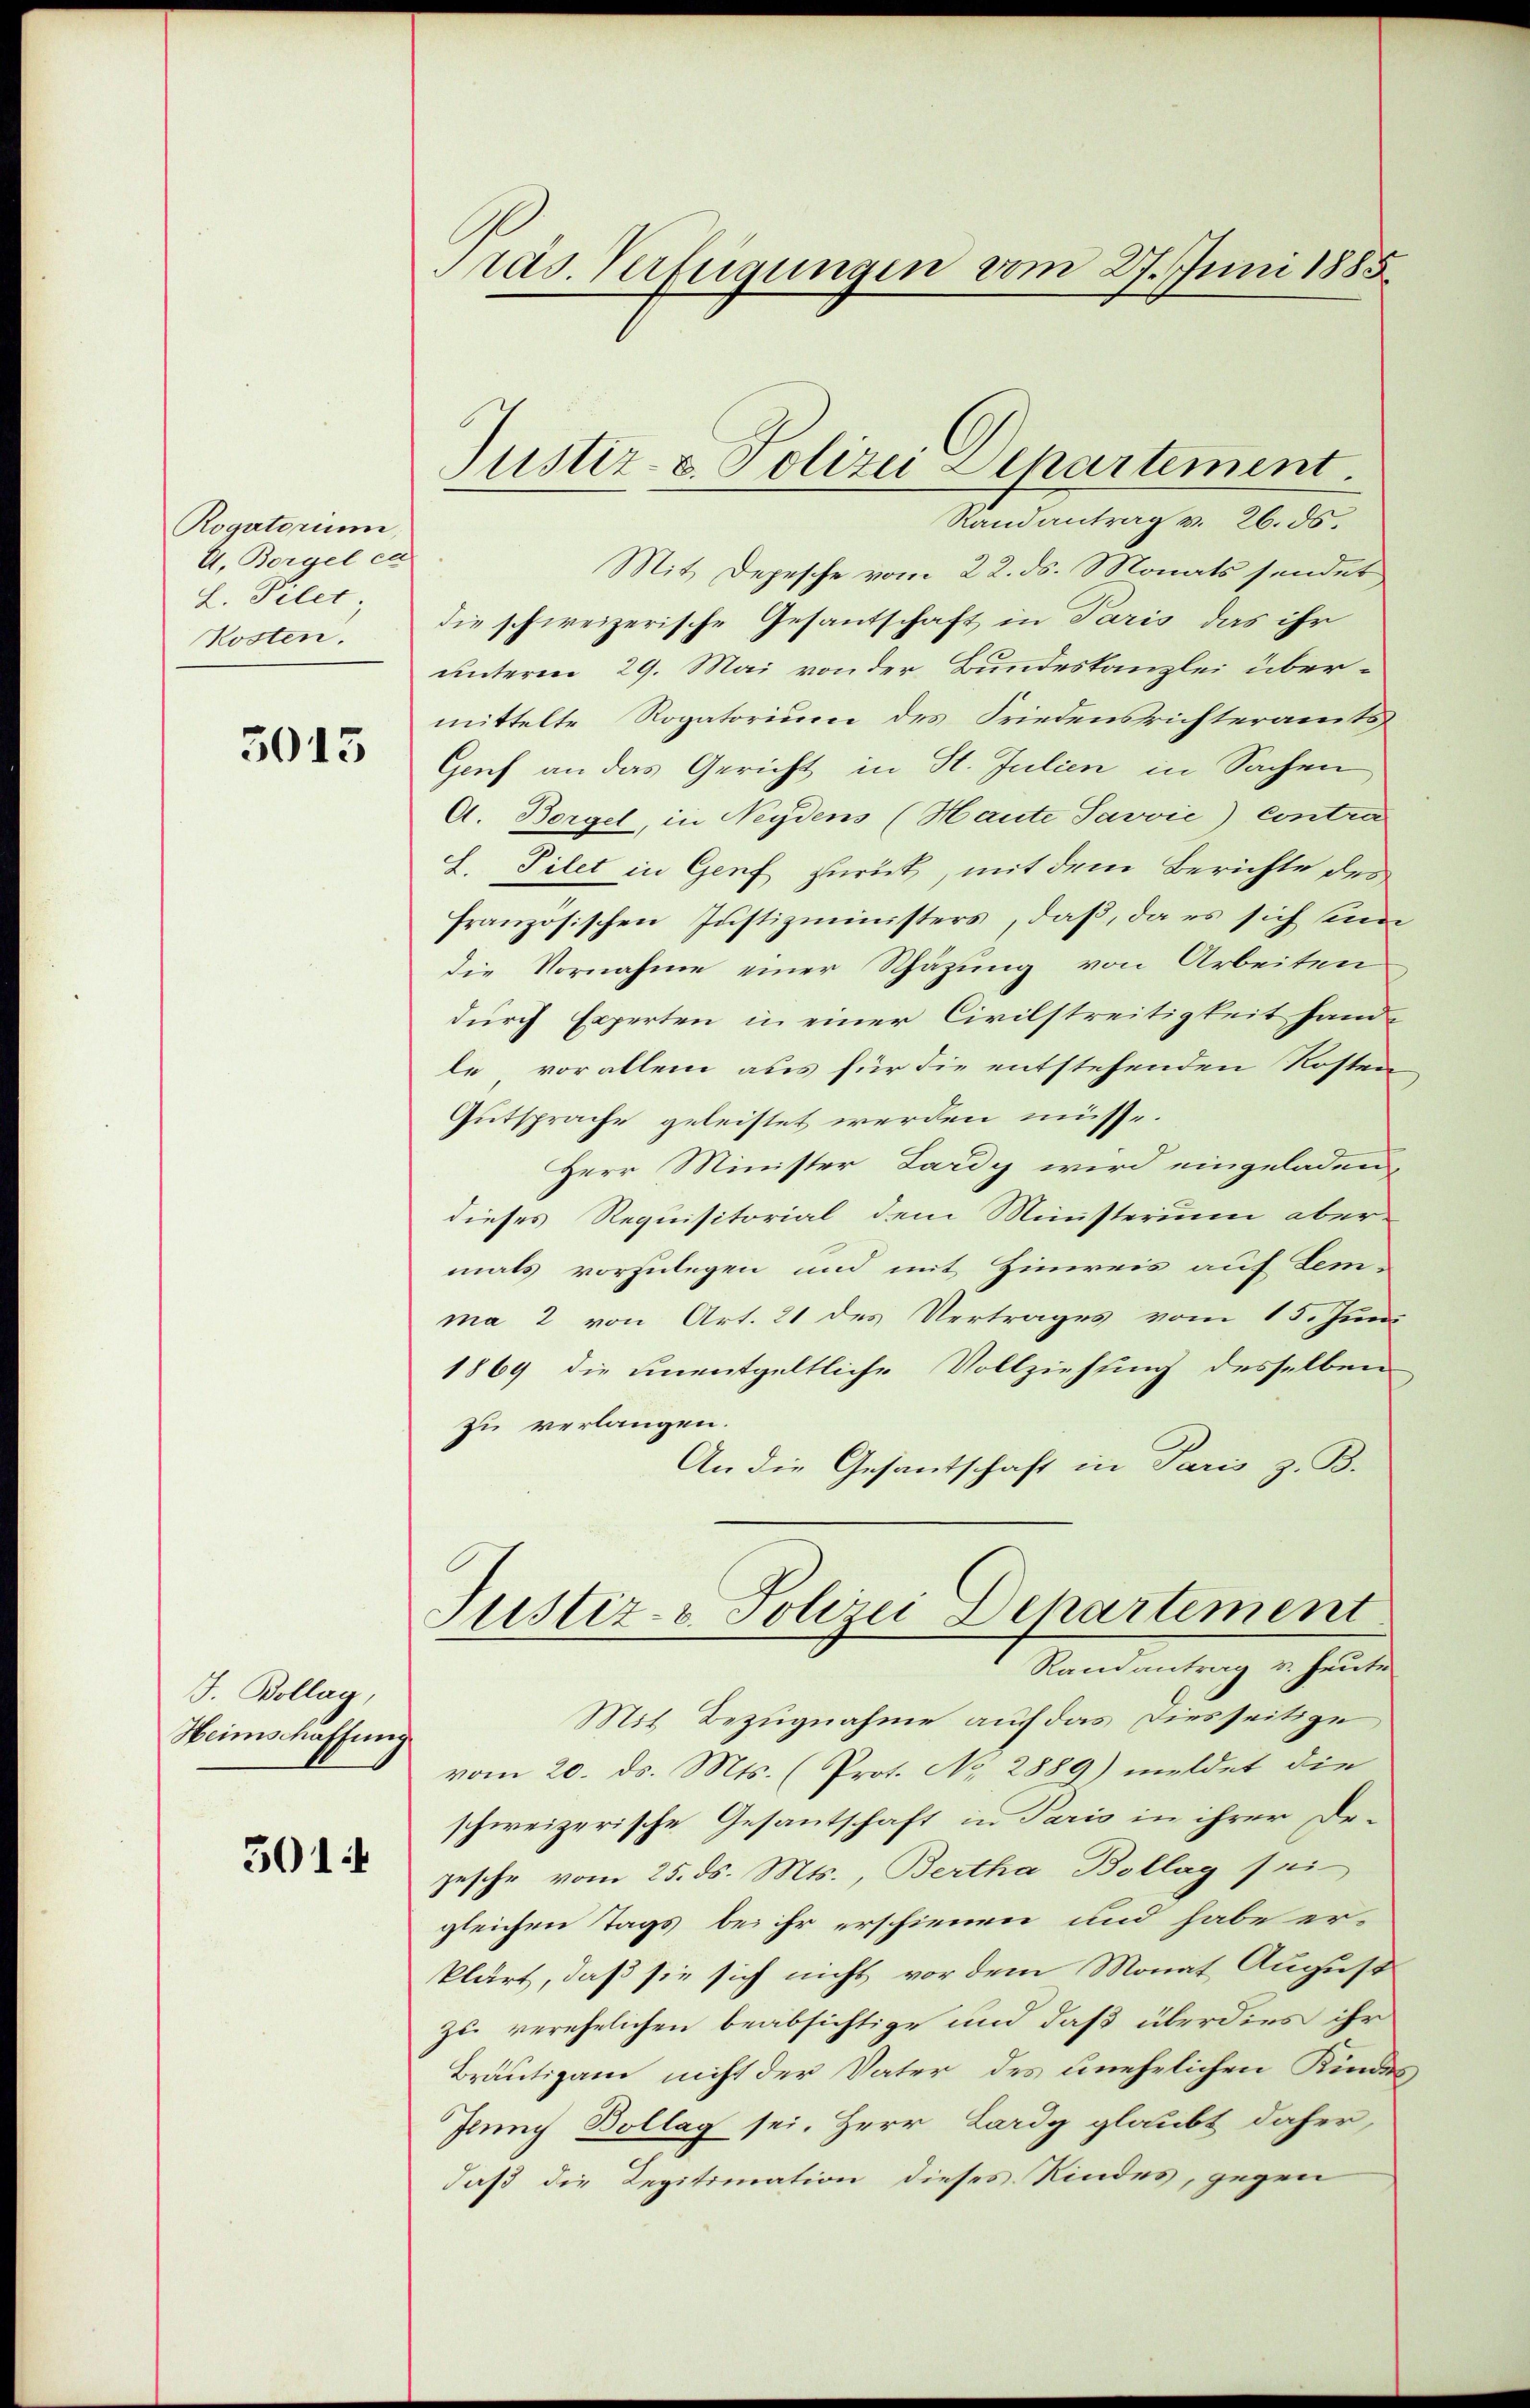
Rogatorum,
A. Borgel en
L. Pilet
Kosten.

3015

J. Bollag,
Heimschaffung

301

Pras. Verfügungen vom 27. Juni 1885.

Randantrag v. 26. ds.
Mit Depesche vom 22. ds. Monats sendet
die schweizerische Gesandschaft in Paris das ihr
unteren 29. Mai von der Bundeskanzlei übermittelte Rogatorium des Friedensrichteramts
Genf an das Gericht in St. Julien in Sachen
A. Borgel, in Neydens (Haute Javvić) Contra
L. Filet in Genf zurück, mit dem Berichte des
französischen Justizministers, daß, da es sich seine
die Vornahme einer Schäzung von Arbeiten
durch Experten in einer Civilstreitigkeit handle vor allem aus für die entstehenden Kosten,
Gutsprache geleistet werden müsse.
Herr Minister Lardy wird eingeladen,
dieses Requisitorial dem Ministerium aber-
mals vorzulegen und mit Hinweis auf Lemma 2 von Art. 21 des Vertrages vom 15. Juni
1869 die unentgeltliche Vollziehung desselben
zu verlangen.
An die Gesantschaft in Paris z. B.
Justiz- & Polizei Dehartement
Randantrag v. heute
Mit Bezugnahme auf das Diesseitige
vom 20. ds. Mts. (Prot. No. 2889) meldet die
schweizerische Gesantschaft in Paris in ihrer Dezesche vom 25. ds. Mts., Bertha Bollag sei
gleichen Tags bei ihr erschienen und habe er-
klärt, daß sie sich nicht vor dem Monat August
zu verehelichen beabsichtige und daß überdies ihr
Bräutigam nicht der Vater des unehelichen Kindes
Juny Bollag sei. Herr Lardy glaubt daher,
daß die Legitimation dieses Kindes, gegen

Justiz- & Polizei Departement.